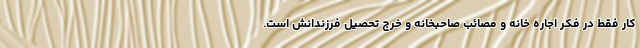
کار فقط در فکر اجاره خانه و مصائب صاحبخانه و خرج تحصیل فرزندانش است.